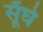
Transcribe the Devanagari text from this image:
सूँघे